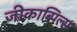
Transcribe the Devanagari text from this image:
जीकाब्पिल्स